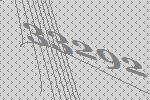
33292